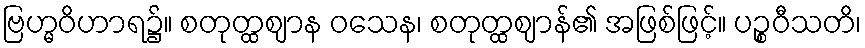
ဗြဟ္မဝိဟာရ၌။ စတုတ္ထဈာန ဝသေန၊ စတုတ္ထဈာန်၏ အဖြစ်ဖြင့်။ ပဉ္စဝီသတိ၊